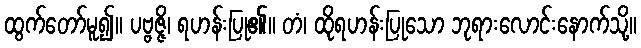
ထွက်တော်မူ၍။ ပဗ္ဗဇ္ဇိ၊ ရဟန်းပြု၏။ တံ၊ ထိုရဟန်းပြုသော ဘုရားလောင်းနောက်သို့။